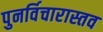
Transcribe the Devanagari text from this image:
पुनर्विचारास्तव